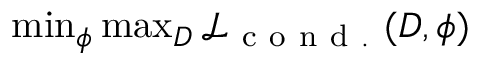
\begin{array} { r } { \operatorname* { m i n } _ { \phi } \operatorname* { m a x } _ { D } \mathcal { L } _ { \mathrm { ~ c ~ o ~ n ~ d ~ . ~ } } ( D , \phi ) } \end{array}